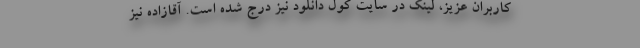
کاربران عزیز، لینک در سایت کول دانلود نیز درج شده است. آقازاده نیز